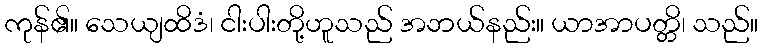
ကုန်၏။ သေယျထိဒံ၊ ငါးပါးတို့ဟူသည် အဘယ်နည်း။ ယာအာပတ္တိ၊ သည်။